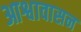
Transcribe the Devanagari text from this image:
आश्वावासन